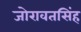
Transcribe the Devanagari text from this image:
जोरावतसिंह